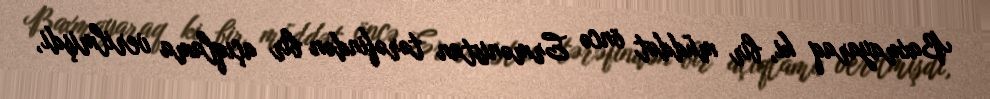
Baxmayaraq ki, bir müddət öncə Ermənistan tərəfindən bir açıqlama verilmişdi,